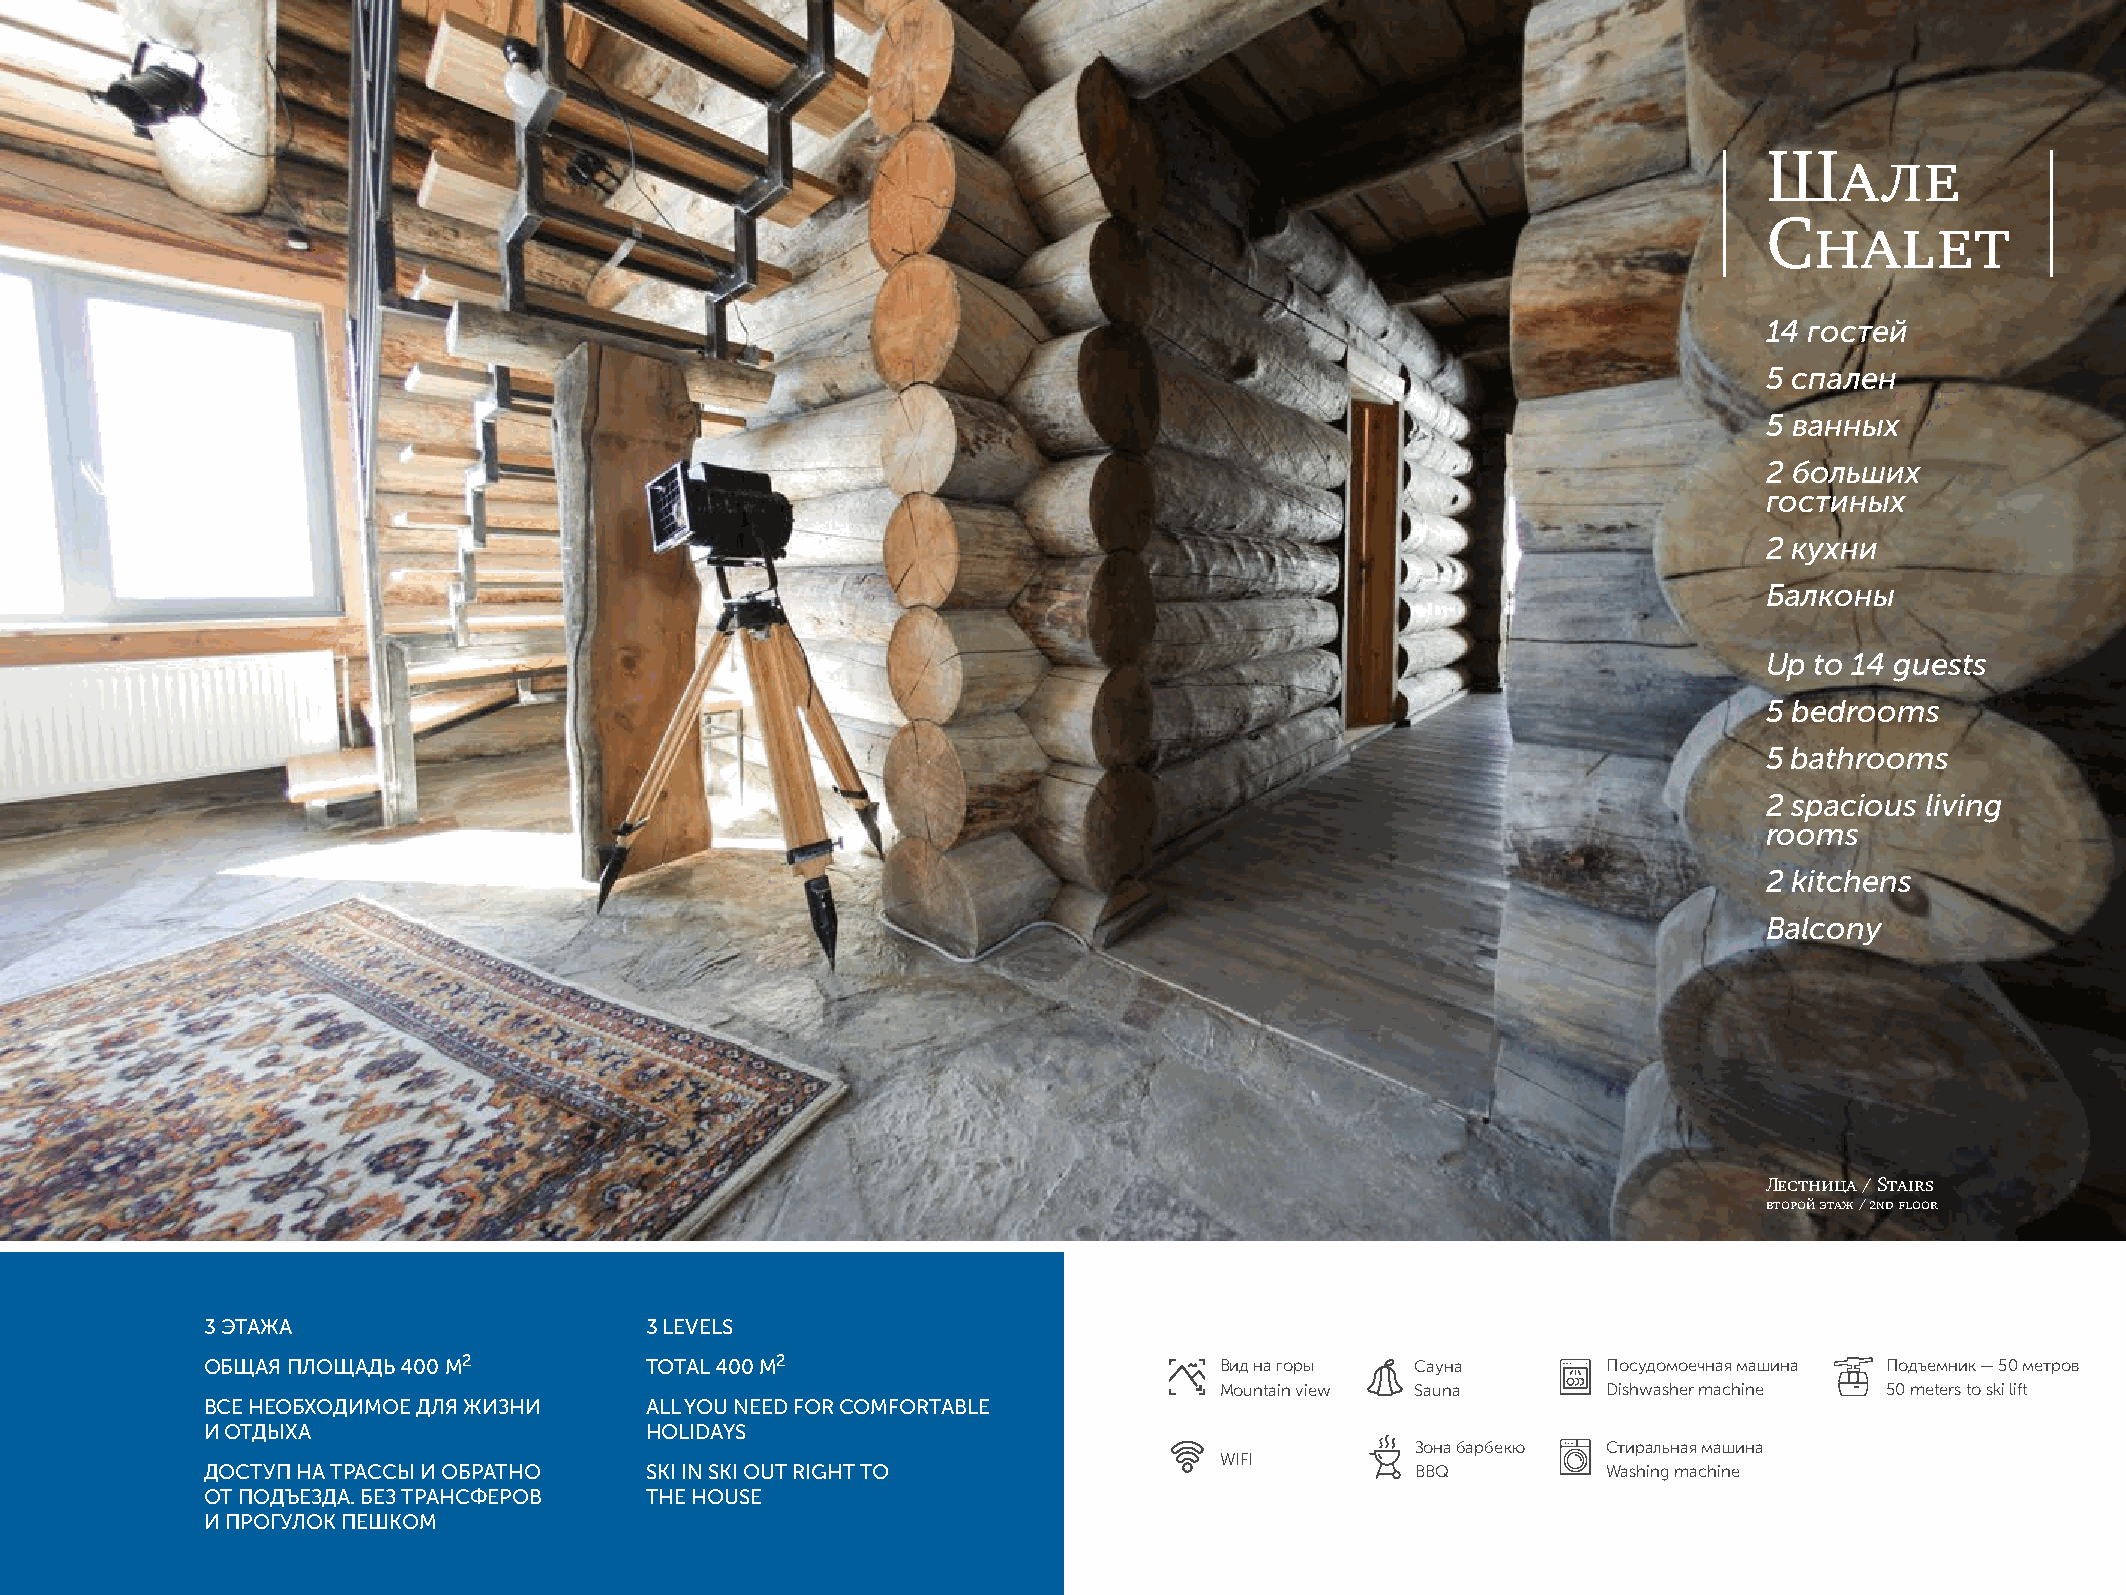
Шале
 Chalet
 14 гостей
 5 спален
 5 ванных
 2 больших
 гостиных
 2 кухни
 Балконы
 Up to 14 guests
 5 bedrooms
 5 bathrooms
 2 spacious living
 rooms
 2 kitchens
 Balcony
 Лестница / Stairs
 второй этаж / 2nd floor
 3 ЭТАЖА                       3 LEVELS
 ОБЩАЯ ПЛОЩАДЬ 400 М2          TOTAL 400 М2                          Вид на горы  Сауна       Посудомоечная машина Подъемник — 50 метров
 Mountain view Sauna      Dishwasher machine 50 meters to ski lift
 ВСЕ НЕОБХОДИМОЕ ДЛЯ ЖИЗНИ     ALL YOU NEED FOR COMFORTABLE
 И ОТДЫХА                      HOLIDAYS
 Зона барбекю Стиральная машина
 WIFI
 ДОСТУП НА ТРАССЫ И ОБРАТНО    SKI IN SKI OUT RIGHT TO                            BBQ         Washing machine
 ОТ ПОДЪЕЗДА. БЕЗ ТРАНСФЕРОВ   THE HOUSE
 И ПРОГУЛОК ПЕШКОМ